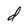
Character: d